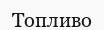
Топливо